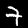
Digit: 7